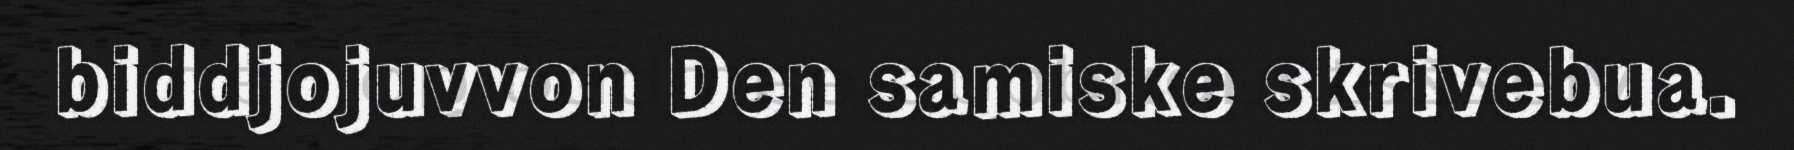
biddjojuvvon Den samiske skrivebua.